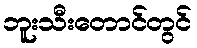
ဘူးသီးတောင်တွင်